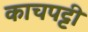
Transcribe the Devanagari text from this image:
काचपट्टी